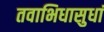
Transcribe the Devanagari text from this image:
तवाभिधासुधां